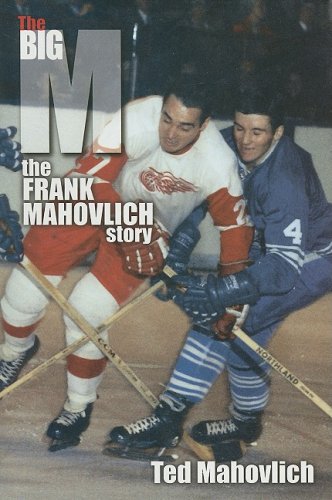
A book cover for The Big M: The Frank Mahovlich Story; Ted Mahovlich; Biographies & Memoirs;